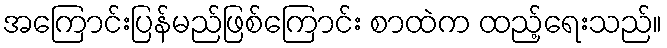
အကြောင်းပြန်မည်ဖြစ်ကြောင်း စာထဲက ထည့်ရေးသည်။